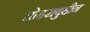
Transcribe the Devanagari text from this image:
सोहराबुद्दीन